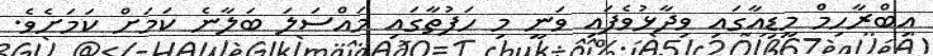
އިބްރާހިމް މީޑިއާގައި ވިދާޅުވެފައި ވަނީ މި ހަފުތާގައި މައްސަލަ ބަލާނެ ކަމަށް ކަމަށެވެ.